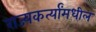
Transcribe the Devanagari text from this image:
राज्यकर्त्यांमधील